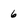
Character: 6